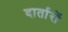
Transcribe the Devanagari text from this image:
दार्तारों